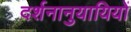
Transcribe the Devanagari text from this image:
दर्शनानुयायियों